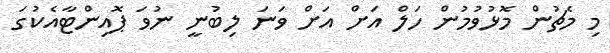
މި މެޗުން މޮޅުވުމުން ހަލް އަށް އަށް ވަނަ ލިބުނީ ނުވަ ޕޮއިންޓާއެކުގަ